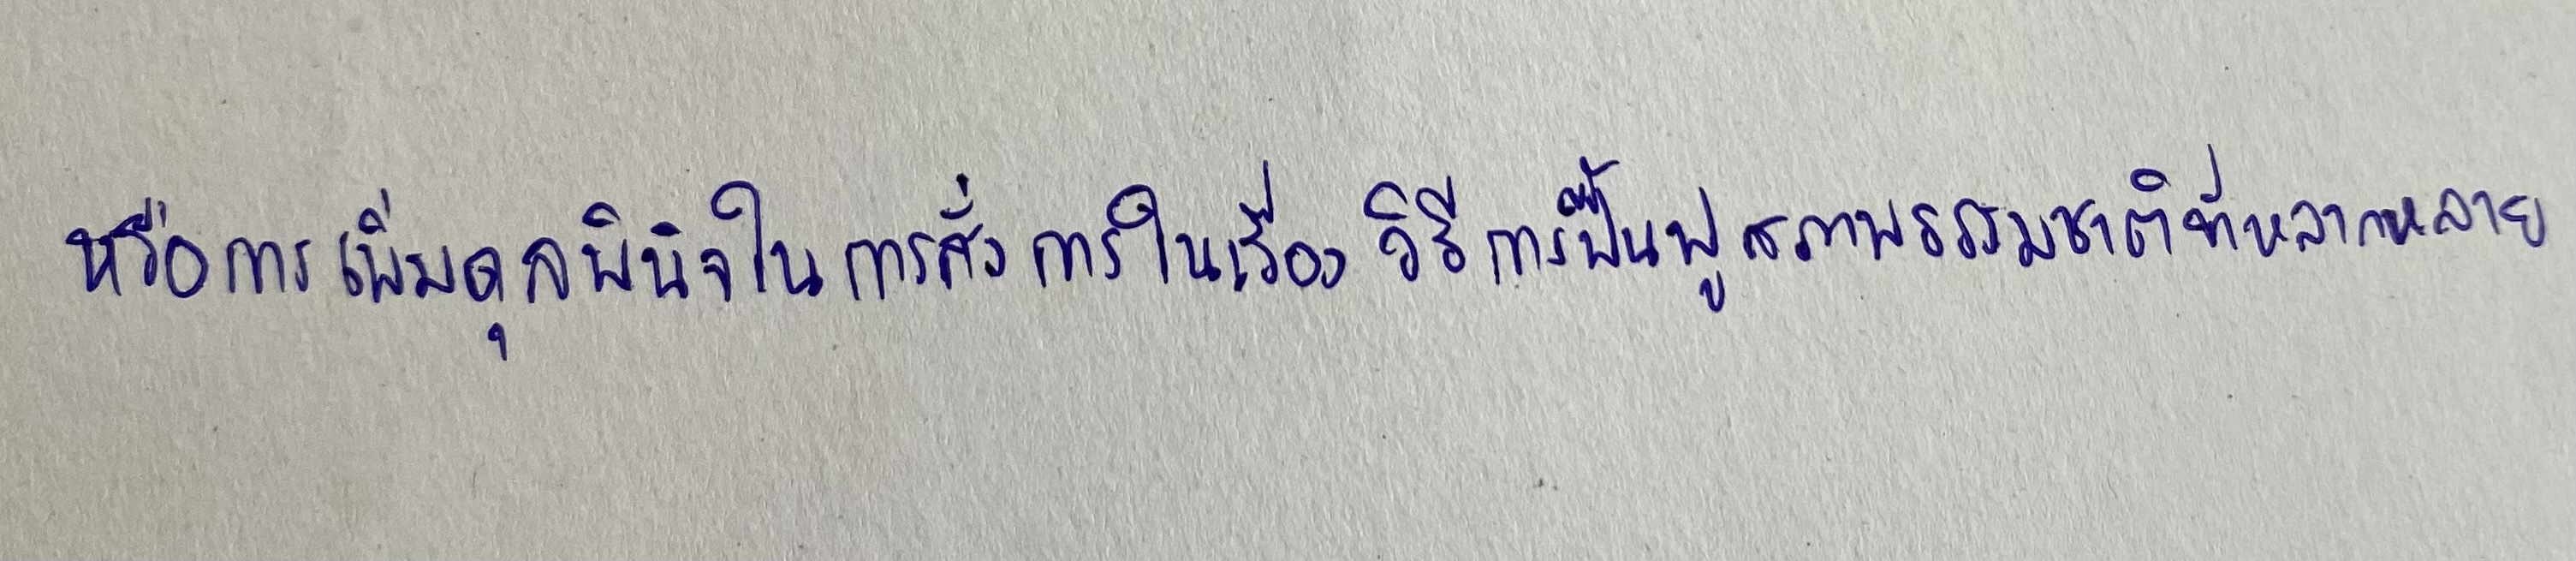
หรือการเพิ่มดุลพินิจในการสั่งการในเรื่องวิธีการฟื้นฟูสภาพธรรมชาติที่หลากหลาย